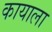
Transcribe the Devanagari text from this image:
कायाला